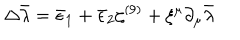
LaTeX: \Delta \bar { \lambda } = \bar { \epsilon } _ { 1 } + \bar { \epsilon } _ { 2 } \zeta ^ { ( 9 ) } + \xi ^ { \mu } \partial _ { \mu } \bar { \lambda }